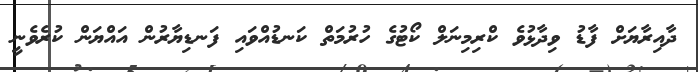
ދާއިރާޔަށް ފާޑު ވިދާޅުވެ ކްރިމިނަލް ކޯޓުގެ ހުރުމަތް ކަނޑުއްވައި ފަނޑިޔާރުން އައްޔަން ކުރެވެނީ